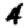
Digit: 4